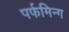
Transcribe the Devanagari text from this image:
पर्फमिन्ग